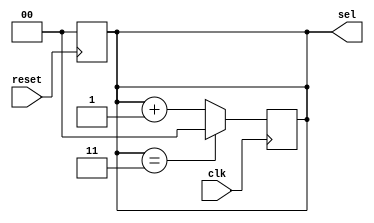
`timescale 1ns / 1ps


module counter(input clk,reset,output reg[1:0] sel);
always @(posedge reset) begin
    sel = 0;
end
always @(posedge clk) begin
    if (sel == 3) begin
        sel = 0;
    end
    else begin
        sel = sel + 1;
    end
end
endmodule